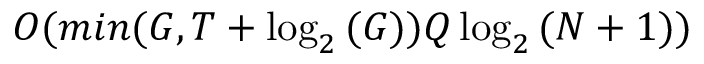
O ( m i n ( G , T + \log _ { 2 } { ( G ) } ) Q \log _ { 2 } { ( N + 1 ) } )